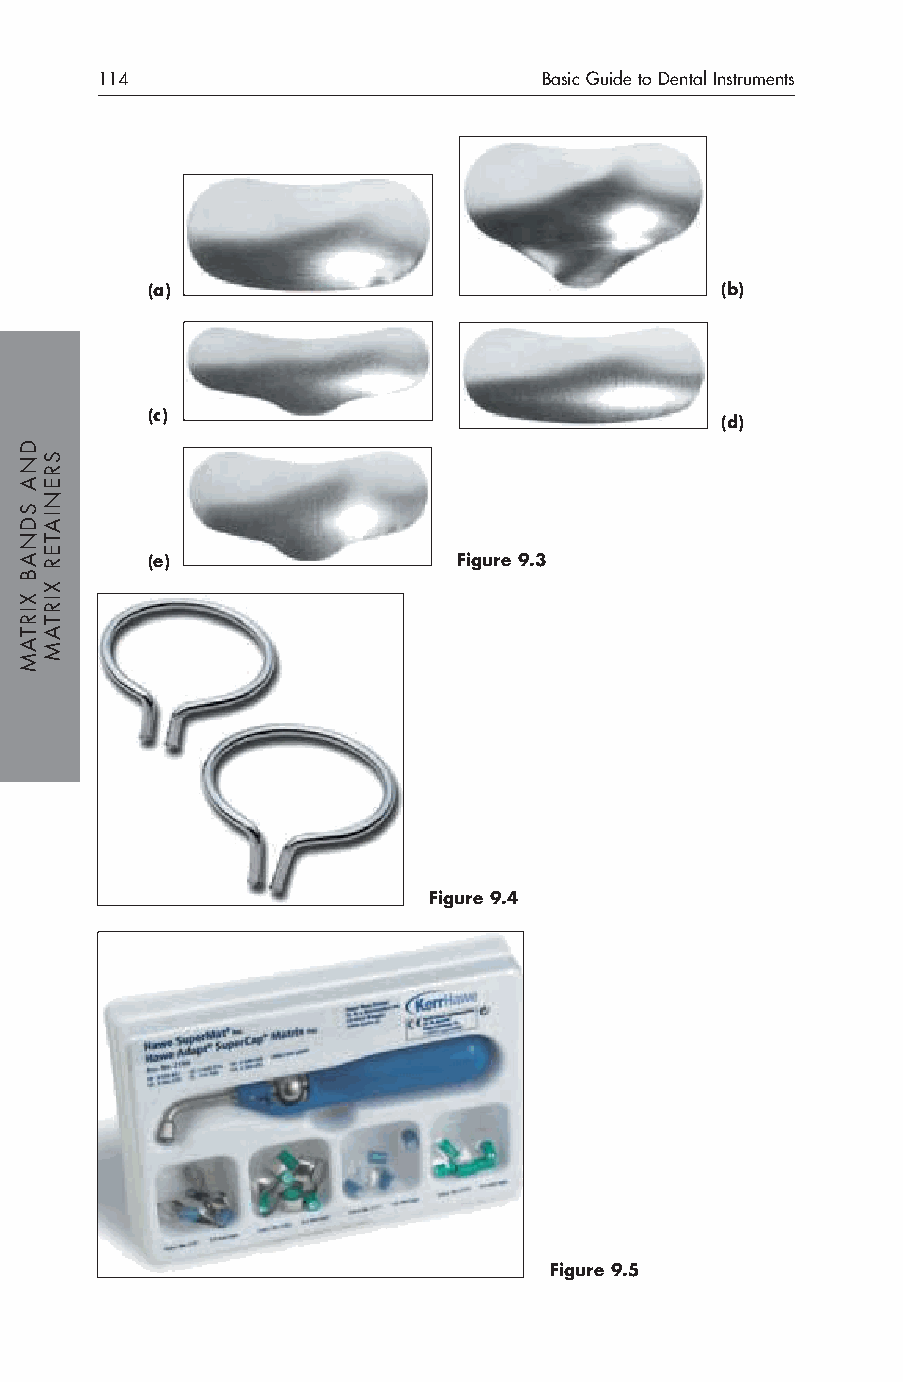
114                           Basic Guide to Dental Instruments
 (a)                                   (b)
 (c)
 (d)
 (e)                 Figure 9.3
 Figure 9.4
 Figure 9.5
 DNA
 SDNAB
 XIRTAM
 SRENIATER
 XIRTAM